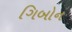
ગિબોન